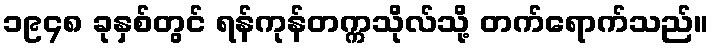
၁၉၄၈ ခုနှစ်တွင် ရန်ကုန်တက္ကသိုလ်သို့ တက်ရောက်သည်။